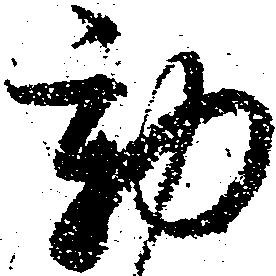
動